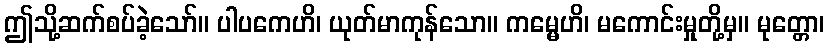
ဤသို့ဆက်စပ်ခဲ့သော်။ ပါပကေဟိ၊ ယုတ်မာကုန်သော။ ကမ္မေဟိ၊ မကောင်းမှုတို့မှ။ မုတ္တော၊